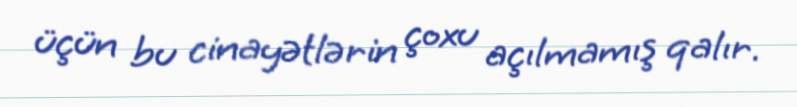
üçün bu cinayətlərin çoxu açılmamış qalır.